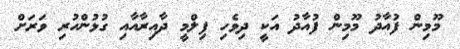
މޫމިން ފުއާދު މޫމިން ފުއާދު އަކީ ދިވެހި ފިލްމީ ދާއިރާއާއި ގުޅުންހުރި ވަރަށް